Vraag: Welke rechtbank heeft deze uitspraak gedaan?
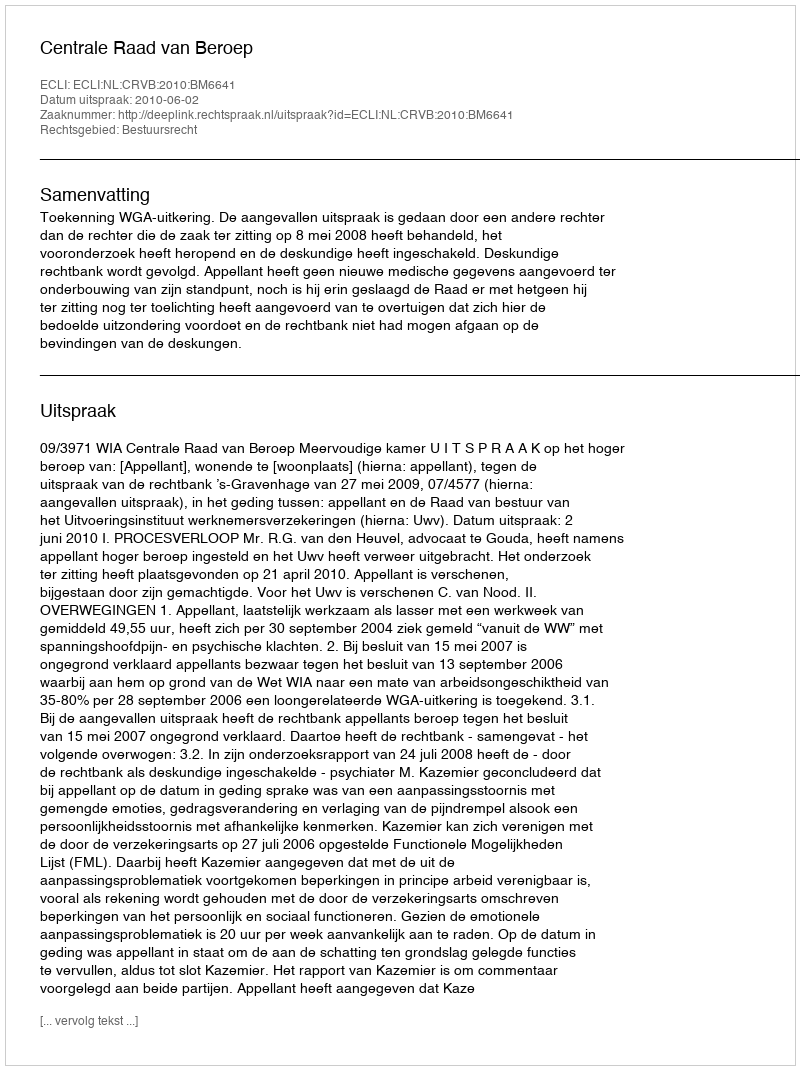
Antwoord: Centrale Raad van Beroep